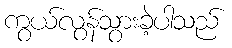
ကွယ်လွန်သွားခဲ့ပါသည်